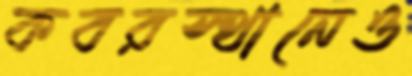
কবরস্থানেও